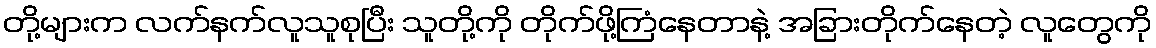
တို့များက လက်နက်လူသူစုပြီး သူတို့ကို တိုက်ဖို့ကြံနေတာနဲ့ အခြားတိုက်နေတဲ့ လူတွေကို